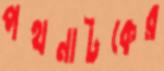
পথনাটকের